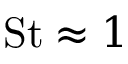
\mathrm { S t } \approx 1